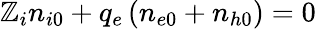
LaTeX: \mathbb{Z}_{i}n_{i0}+q_{e}\left(n_{e0}+n_{h0}\right)=0